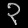
Digit: ၃